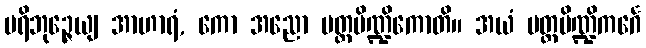
ပရိဘုဉ္ဇေယျ အာဟာရံ, ကော အညော ပတ္တပိဏ္ဍိကောတိ။ အယံ ပတ္တပိဏ္ဍိကင်္ဂေ